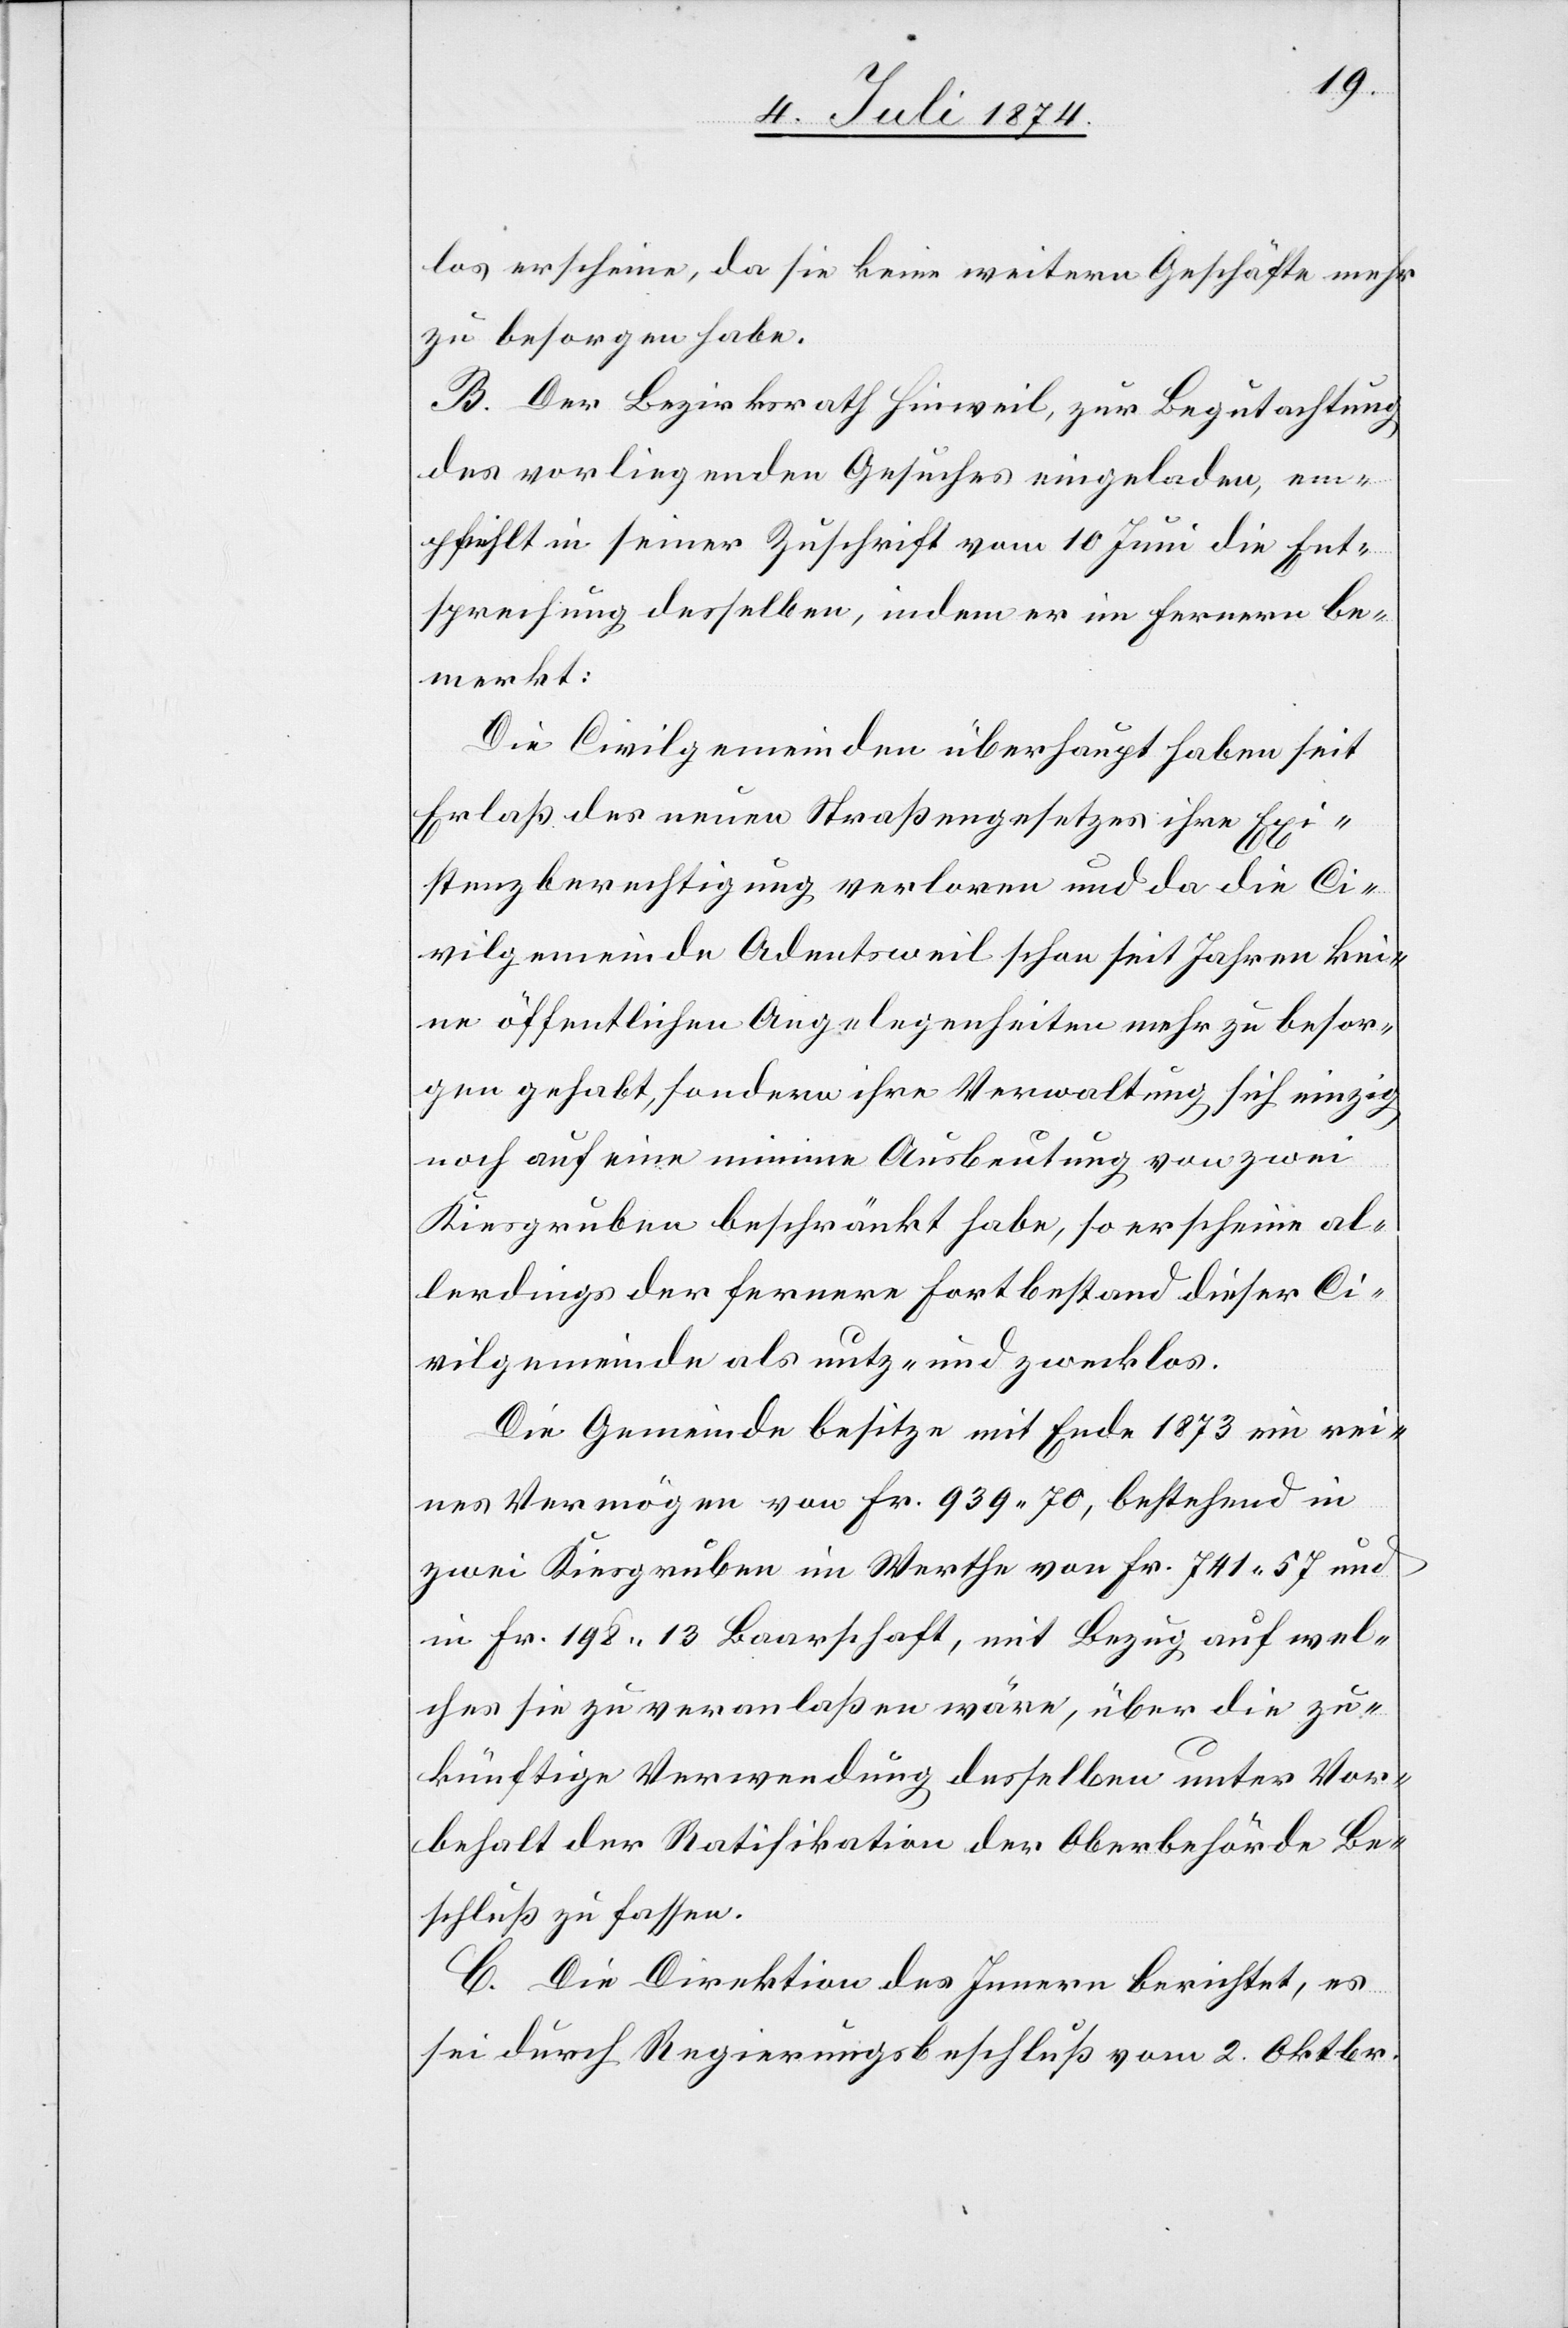
los erscheine, da sie keine weitern Geschäfte mehr
zu besorgen habe.
B. Der Bezirksrath Hinweil, zur Begutachtung
des vorliegenden Gesuches eingeladen, em¬
pfiehlt in seiner Zuschrift vom 10. Juni die Ent¬
sprechung desselben, indem er im fernern be¬
merkt:
Die Civilgemeinden überhaupt haben seit
Erlaß des neuen Straßengesetzes ihre Exi¬
stenzberechtigung verloren und da die Ci¬
vilgemeinde Adentsweil schon seit Jahren kei¬
ne öffentlichen Angelegenheiten mehr zu besor¬
gen gehabt sondern ihre Verwaltung sich einzig
noch auf eine minime Ausbeutung von zwei
Kiesgruben beschränkt habe, so erscheine al¬
lerdings der fernere Fortbestand dieser Ci¬
vilgemeinde als nutz- und zwecklos.
Die Gemeinde besitze mit Ende 1873 ein rei¬
nes Vermögen von Fr. 939.70, bestehend in
zwei Kiesgruben im Werthe von Fr. 741.57 und
in Fr. 198.13 Baarschaft, mit Bezug auf wel¬
ches sie zu veranlaßen wäre, über die zu¬
künftige Verwendung desselben unter Vor¬
behalt der Ratifikation der Oberbehörde Be¬
schluß zu fassen.
C. Die Direktion des Innern berichtet, es
sei durch Regierungsbeschluß vom 2. Oktbr.